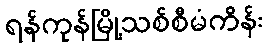
ရန်ကုန်မြို့သစ်စီမံကိန်း